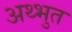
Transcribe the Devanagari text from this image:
अथ्भुत